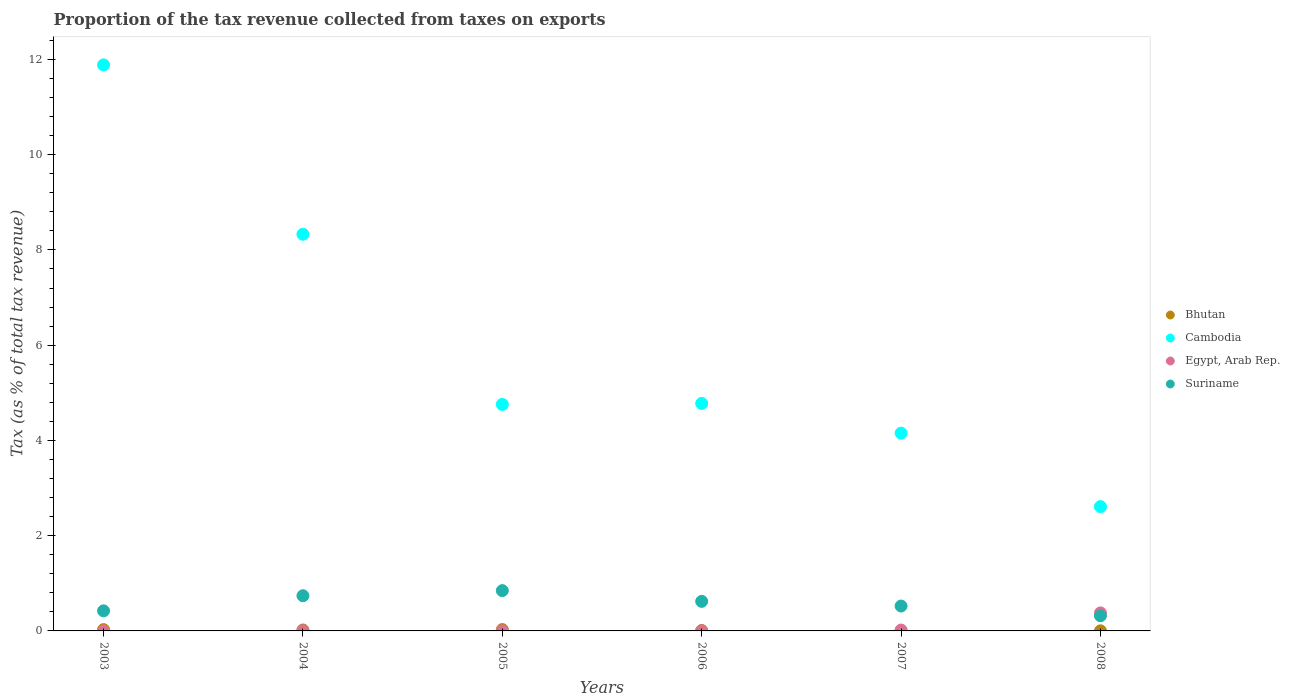
| Years | Bhutan | Cambodia | Egypt, Arab Rep. | Suriname |
 | --- | --- | --- | --- | --- |
 | 2003 | 0.0281 | 11.9 | 0.00179 | 0.422 |
 | 2004 | 0.0201 | 8.33 | 0.00298 | 0.739 |
 | 2005 | 0.0289 | 4.76 | 0.00132 | 0.846 |
 | 2006 | 0.00923 | 4.78 | 0.00153 | 0.621 |
 | 2007 | 0.000323 | 4.15 | 0.0189 | 0.523 |
 | 2008 | 0.00226 | 2.61 | 0.378 | 0.318 |